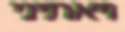
ויאתיני